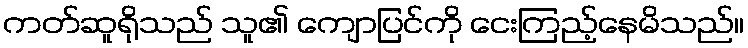
ကတ်ဆူရိုသည် သူ၏ ကျောပြင်ကို ငေးကြည့်နေမိသည်။